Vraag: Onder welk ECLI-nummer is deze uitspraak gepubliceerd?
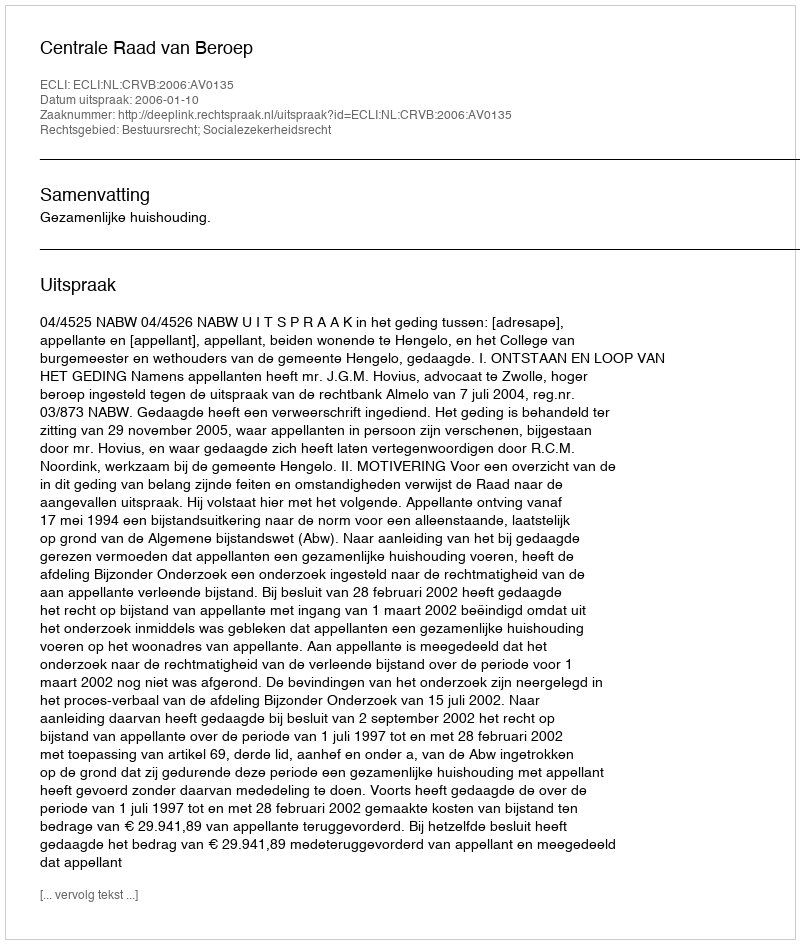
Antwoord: ECLI:NL:CRVB:2006:AV0135